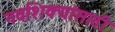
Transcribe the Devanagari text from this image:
नवशिक्यांसाठी